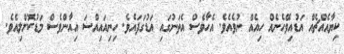
ކިޔާއެއްޗެއް އަޑުއިވޭހެނެއް ހިއެއް ނުވެއެވެ. އެހާވެސް އެތަނުގައި އަޑުގަދައެވެ. ހިނިއައިއްސަ އިއާންވެސް މަޑުކޮށްލިއެވެ.